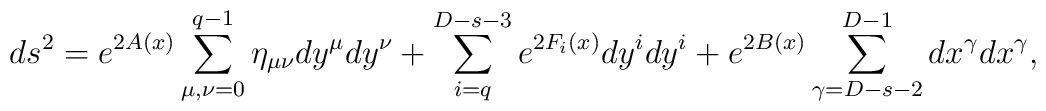
ds^2=e^{2A(x)}\sum_{\mu,\nu=0}^{q-1}        \eta_{\mu\nu}dy^\mu dy^\nu        +\sum_{i=q}^{D-s-3}e^{2F_i(x)}dy^i dy^i        +e^{2B(x)}\sum_{\gamma=D-s-2}^{D-1}        dx^\gamma dx^\gamma,